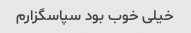
خیلی خوب بود سپاسگزارم